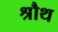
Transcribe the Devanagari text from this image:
श्रौथ